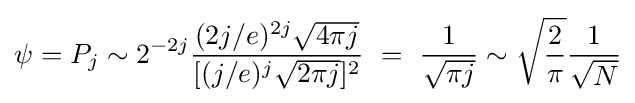
\psi =P_{j}\sim 2^{-2j}{\frac {(2j/e)^{2j}{\sqrt {4\pi j}}}{[(j/e)^{j}{\sqrt {2\pi j}}]^{2}}}\ =\ {\frac {1}{\sqrt {\pi j}}}\sim {\sqrt {\frac {2}{\pi }}}{\frac {1}{\sqrt {N}}}